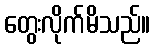
တွေးလိုက်မိသည်။